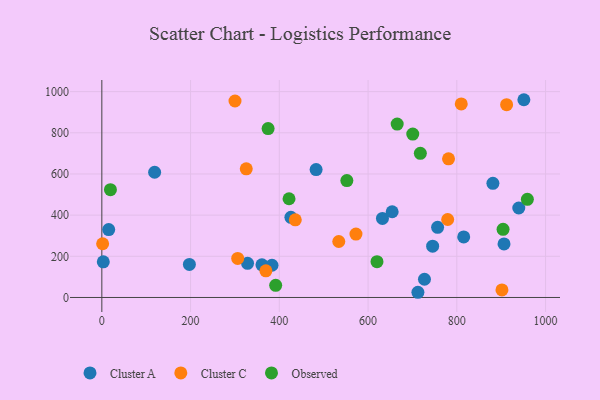
{"axis": {"x": "Investment", "y": "Profit"}, "legend": ["Cluster A", "Cluster C", "Observed"], "data": [{"x": "15.5", "y": 329.9, "type": "Cluster A"}, {"x": "881.3", "y": 554.7, "type": "Cluster A"}, {"x": "951.1", "y": 960.6, "type": "Cluster A"}, {"x": "383.5", "y": 156.6, "type": "Cluster A"}, {"x": "3.3", "y": 173.1, "type": "Cluster A"}, {"x": "482.9", "y": 621.4, "type": "Cluster A"}, {"x": "632.4", "y": 383.9, "type": "Cluster A"}, {"x": "906.4", "y": 260.2, "type": "Cluster A"}, {"x": "426.1", "y": 389.3, "type": "Cluster A"}, {"x": "756.7", "y": 340.9, "type": "Cluster A"}, {"x": "745.5", "y": 249.2, "type": "Cluster A"}, {"x": "712.3", "y": 25.3, "type": "Cluster A"}, {"x": "119.0", "y": 608.3, "type": "Cluster A"}, {"x": "654.3", "y": 416.5, "type": "Cluster A"}, {"x": "939.6", "y": 434.6, "type": "Cluster A"}, {"x": "727.1", "y": 88.6, "type": "Cluster A"}, {"x": "360.8", "y": 158.8, "type": "Cluster A"}, {"x": "197.3", "y": 160.4, "type": "Cluster A"}, {"x": "328.4", "y": 165.8, "type": "Cluster A"}, {"x": "815.5", "y": 294.0, "type": "Cluster A"}, {"x": "534.0", "y": 272.0, "type": "Cluster C"}, {"x": "781.3", "y": 673.6, "type": "Cluster C"}, {"x": "779.4", "y": 378.7, "type": "Cluster C"}, {"x": "325.5", "y": 624.9, "type": "Cluster C"}, {"x": "901.7", "y": 36.7, "type": "Cluster C"}, {"x": "300.1", "y": 954.4, "type": "Cluster C"}, {"x": "572.7", "y": 308.2, "type": "Cluster C"}, {"x": "436.0", "y": 377.2, "type": "Cluster C"}, {"x": "1.8", "y": 261.0, "type": "Cluster C"}, {"x": "306.2", "y": 189.9, "type": "Cluster C"}, {"x": "810.0", "y": 940.1, "type": "Cluster C"}, {"x": "912.2", "y": 936.6, "type": "Cluster C"}, {"x": "369.7", "y": 129.7, "type": "Cluster C"}, {"x": "700.7", "y": 793.7, "type": "Observed"}, {"x": "959.0", "y": 476.9, "type": "Observed"}, {"x": "391.8", "y": 59.1, "type": "Observed"}, {"x": "717.8", "y": 700.1, "type": "Observed"}, {"x": "374.7", "y": 820.3, "type": "Observed"}, {"x": "620.1", "y": 174.1, "type": "Observed"}, {"x": "421.9", "y": 479.6, "type": "Observed"}, {"x": "665.6", "y": 842.2, "type": "Observed"}, {"x": "904.2", "y": 330.9, "type": "Observed"}, {"x": "19.4", "y": 523.6, "type": "Observed"}, {"x": "552.2", "y": 567.7, "type": "Observed"}]}